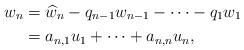
LaTeX: \begin{align*}w_n &= \widehat{w}_n - q_{n-1}w_{n-1} - \cdots - q_1w_1 \\&= a_{n,1}u_1 + \cdots + a_{n,n}u_n,\\\end{align*}